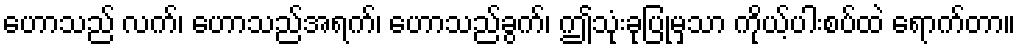
ဟောသည် လက်၊ ဟောသည်အရက်၊ ဟောသည်ခွက်၊ ဤသုံးခုပြုမှသာ ကိုယ့်ပါးစပ်ထဲ ရောက်တာ။